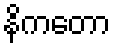
နိကတော